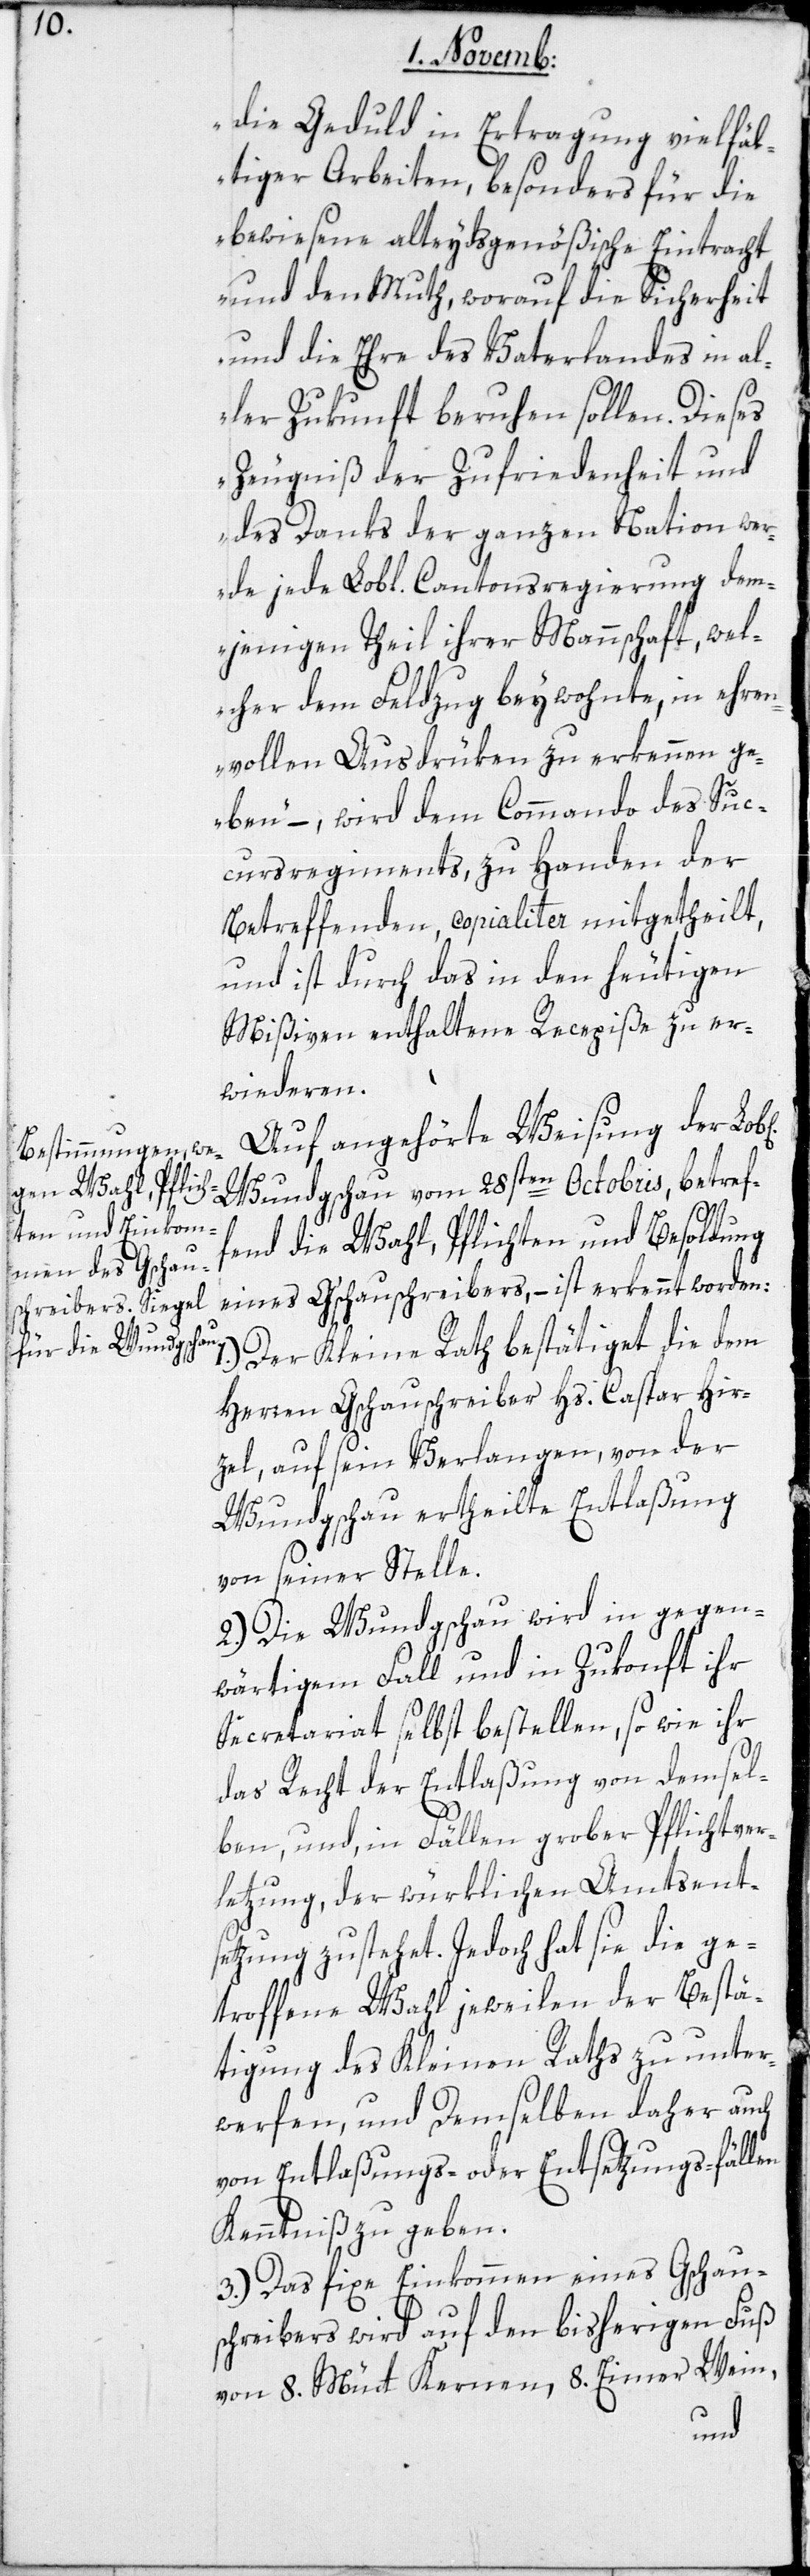
die Geduld in Ertragung vielfäl¬
tiger Arbeiten, besonders für die
bewiesene alteydsgenößische Eintracht
und den Muth, worauf die Sicherheit
und die Ehre des Vaterlandes in al¬
ler Zukunft beruhen sollen. Dieses
Zeugniß der Zufriedenheit und
des Danks der ganzen Nation wer¬
de jede Lob[liche] Cantonsregierung dem¬
jenigen Theil ihrer Mannschaft, wel¬
cher dem Feldzug beywohnte, in ehren¬
vollen Ausdrüken zu erkennen ge¬
ben“, – wird dem Commando des Suc¬
cursregiments, zu Handen der
Betreffenden, copialiter mitgetheilt,
und ist durch das in den heutigen
Mißiven enthaltene Recepiße zu er¬
wideren.
Auf angehörte Weisung der
Wundgschau vom 28sten Octobris, betref¬
fend die Wahl, Pflichten und Besoldung
eines Gschauschreibers, – ist erkennt worden:
Der Kleine Rath bestätiget die dem
1.)
Herren Gschauschreiber Hs. Caspar Hir¬
zel, auf sein Verlangen, von der
Wundgschau ertheilte Entlaßung
von seiner Stelle.
2.) Die Wundgschau wird in gegen¬
wärtigem Fall und in Zukonft ihr
Secretariat selbst bestellen, so wie ihr
das Recht der Entlaßung von demsel¬
ben, und in Fällen grober Pflichtver¬
letzung, der würklichen Amtsents¬
etzung zustehet. Jedoch hat sie die ge¬
troffene Wahl jeweilen der Bestä¬
tigung des Kleinen Raths zu unter¬
werfen, und demselben daher auch
von Entlaßungs- oder Entsetzungsfällen
Kenntniß zu geben.
3.) Das fixe Einkommen eines Gschau¬
schreibers wird auf den bisherigen Fuß
von 8. Mütt Kernen, 8. Eimer Wein,